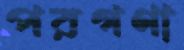
পরগণা